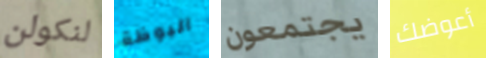
لنكولن البوظة يجتمعون أعوضك